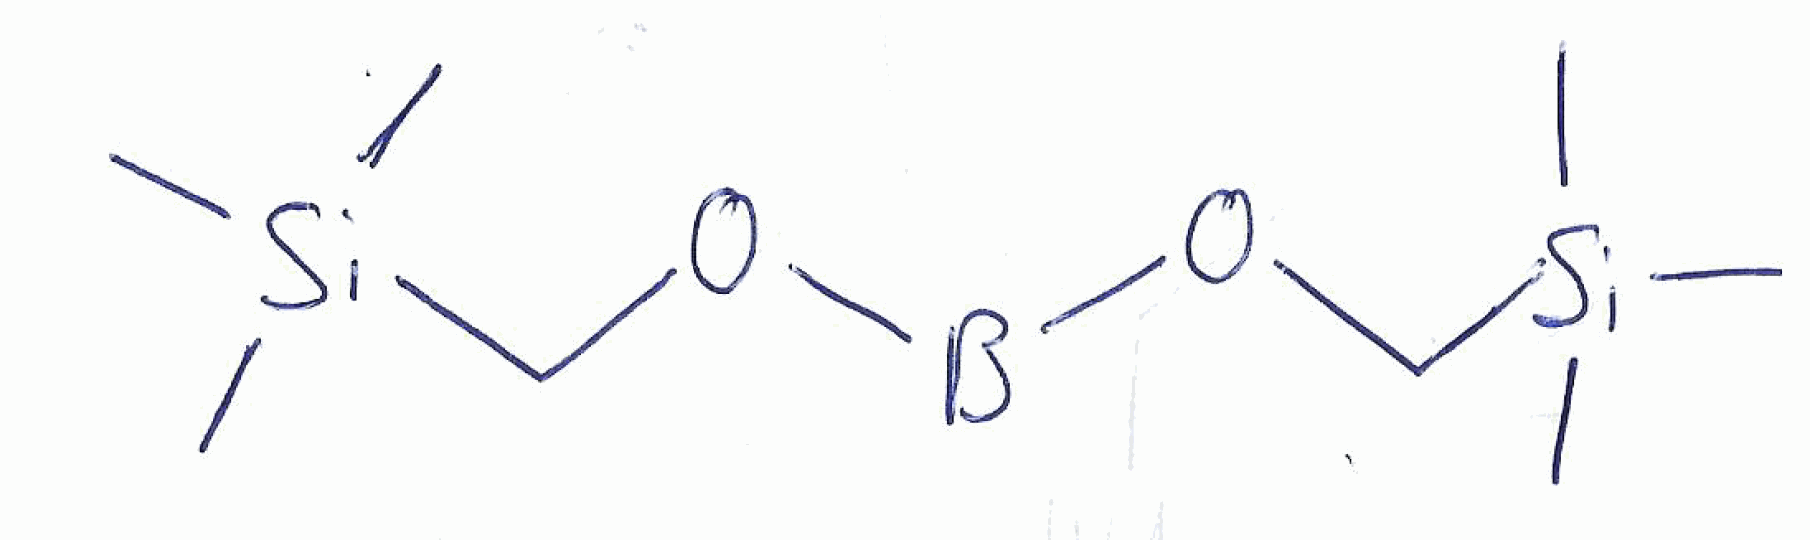
Simplified molecular-input line-entry system (SMILES) notation of the given molecule:
[B](OC[Si](C)(C)C)OC[Si](C)(C)C